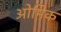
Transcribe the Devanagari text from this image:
ओमिक